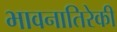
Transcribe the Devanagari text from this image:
भावनातिरेकी